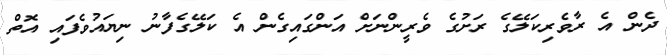
ދެން އެ ރާވެރިކަލޭގެ ރަށުގެ ވެރީންނަށް އަންގައިގެން އެ ކަލޭގެފާނު ނިޔައުވެފައި އޮތް